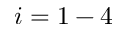
i = 1 - 4